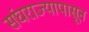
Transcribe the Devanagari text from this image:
संघराज्यापासून